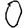
Digit: 0